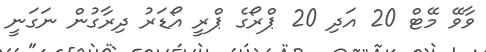
ވާވޭ މޭޓް 20 އަދި 20 ޕްރޯގެ ޕްރީ އޯޑަރު ދިރާގުން ނަގަނީ